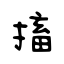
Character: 搐